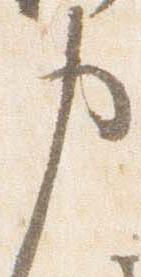
申